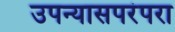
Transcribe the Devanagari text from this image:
उपन्यासपरंपरा